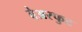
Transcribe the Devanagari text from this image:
बेअरफुट